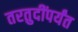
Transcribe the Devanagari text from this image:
तरतुदींपर्यंत